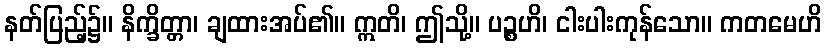
နတ်ပြည့်၌။ နိက္ခိတ္တာ၊ ချထားအပ်၏။ ဣတိ၊ ဤသို့။ ပဉ္စဟိ၊ ငါးပါးကုန်သော။ ကတမေဟိ